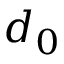
d _ { 0 }